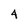
Character: 4